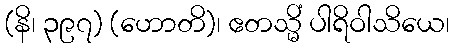
(နိ၊ ၃၉၇) (ဟောတိ)၊ ဧတသ္မိံ ပါရိဝါသိယေ၊